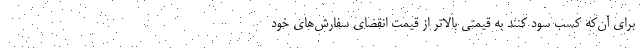
برای آن‌که کسب سود کنند به قیمتی بالاتر از قیمت انقضای سفارش‌های خود